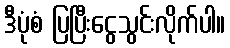
ဒီပုံစံ ပြပြီးငွေသွင်းလိုက်ပါ။